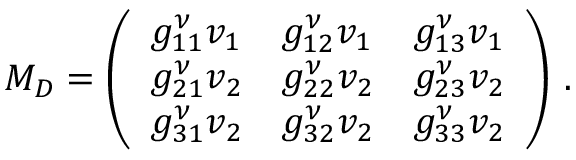
M _ { D } = \left( \begin{array} { l l l } { { g _ { 1 1 } ^ { \nu } v _ { 1 } } } & { { g _ { 1 2 } ^ { \nu } v _ { 1 } } } & { { g _ { 1 3 } ^ { \nu } v _ { 1 } } } \\ { { g _ { 2 1 } ^ { \nu } v _ { 2 } } } & { { g _ { 2 2 } ^ { \nu } v _ { 2 } } } & { { g _ { 2 3 } ^ { \nu } v _ { 2 } } } \\ { { g _ { 3 1 } ^ { \nu } v _ { 2 } } } & { { g _ { 3 2 } ^ { \nu } v _ { 2 } } } & { { g _ { 3 3 } ^ { \nu } v _ { 2 } } } \end{array} \right) \, .